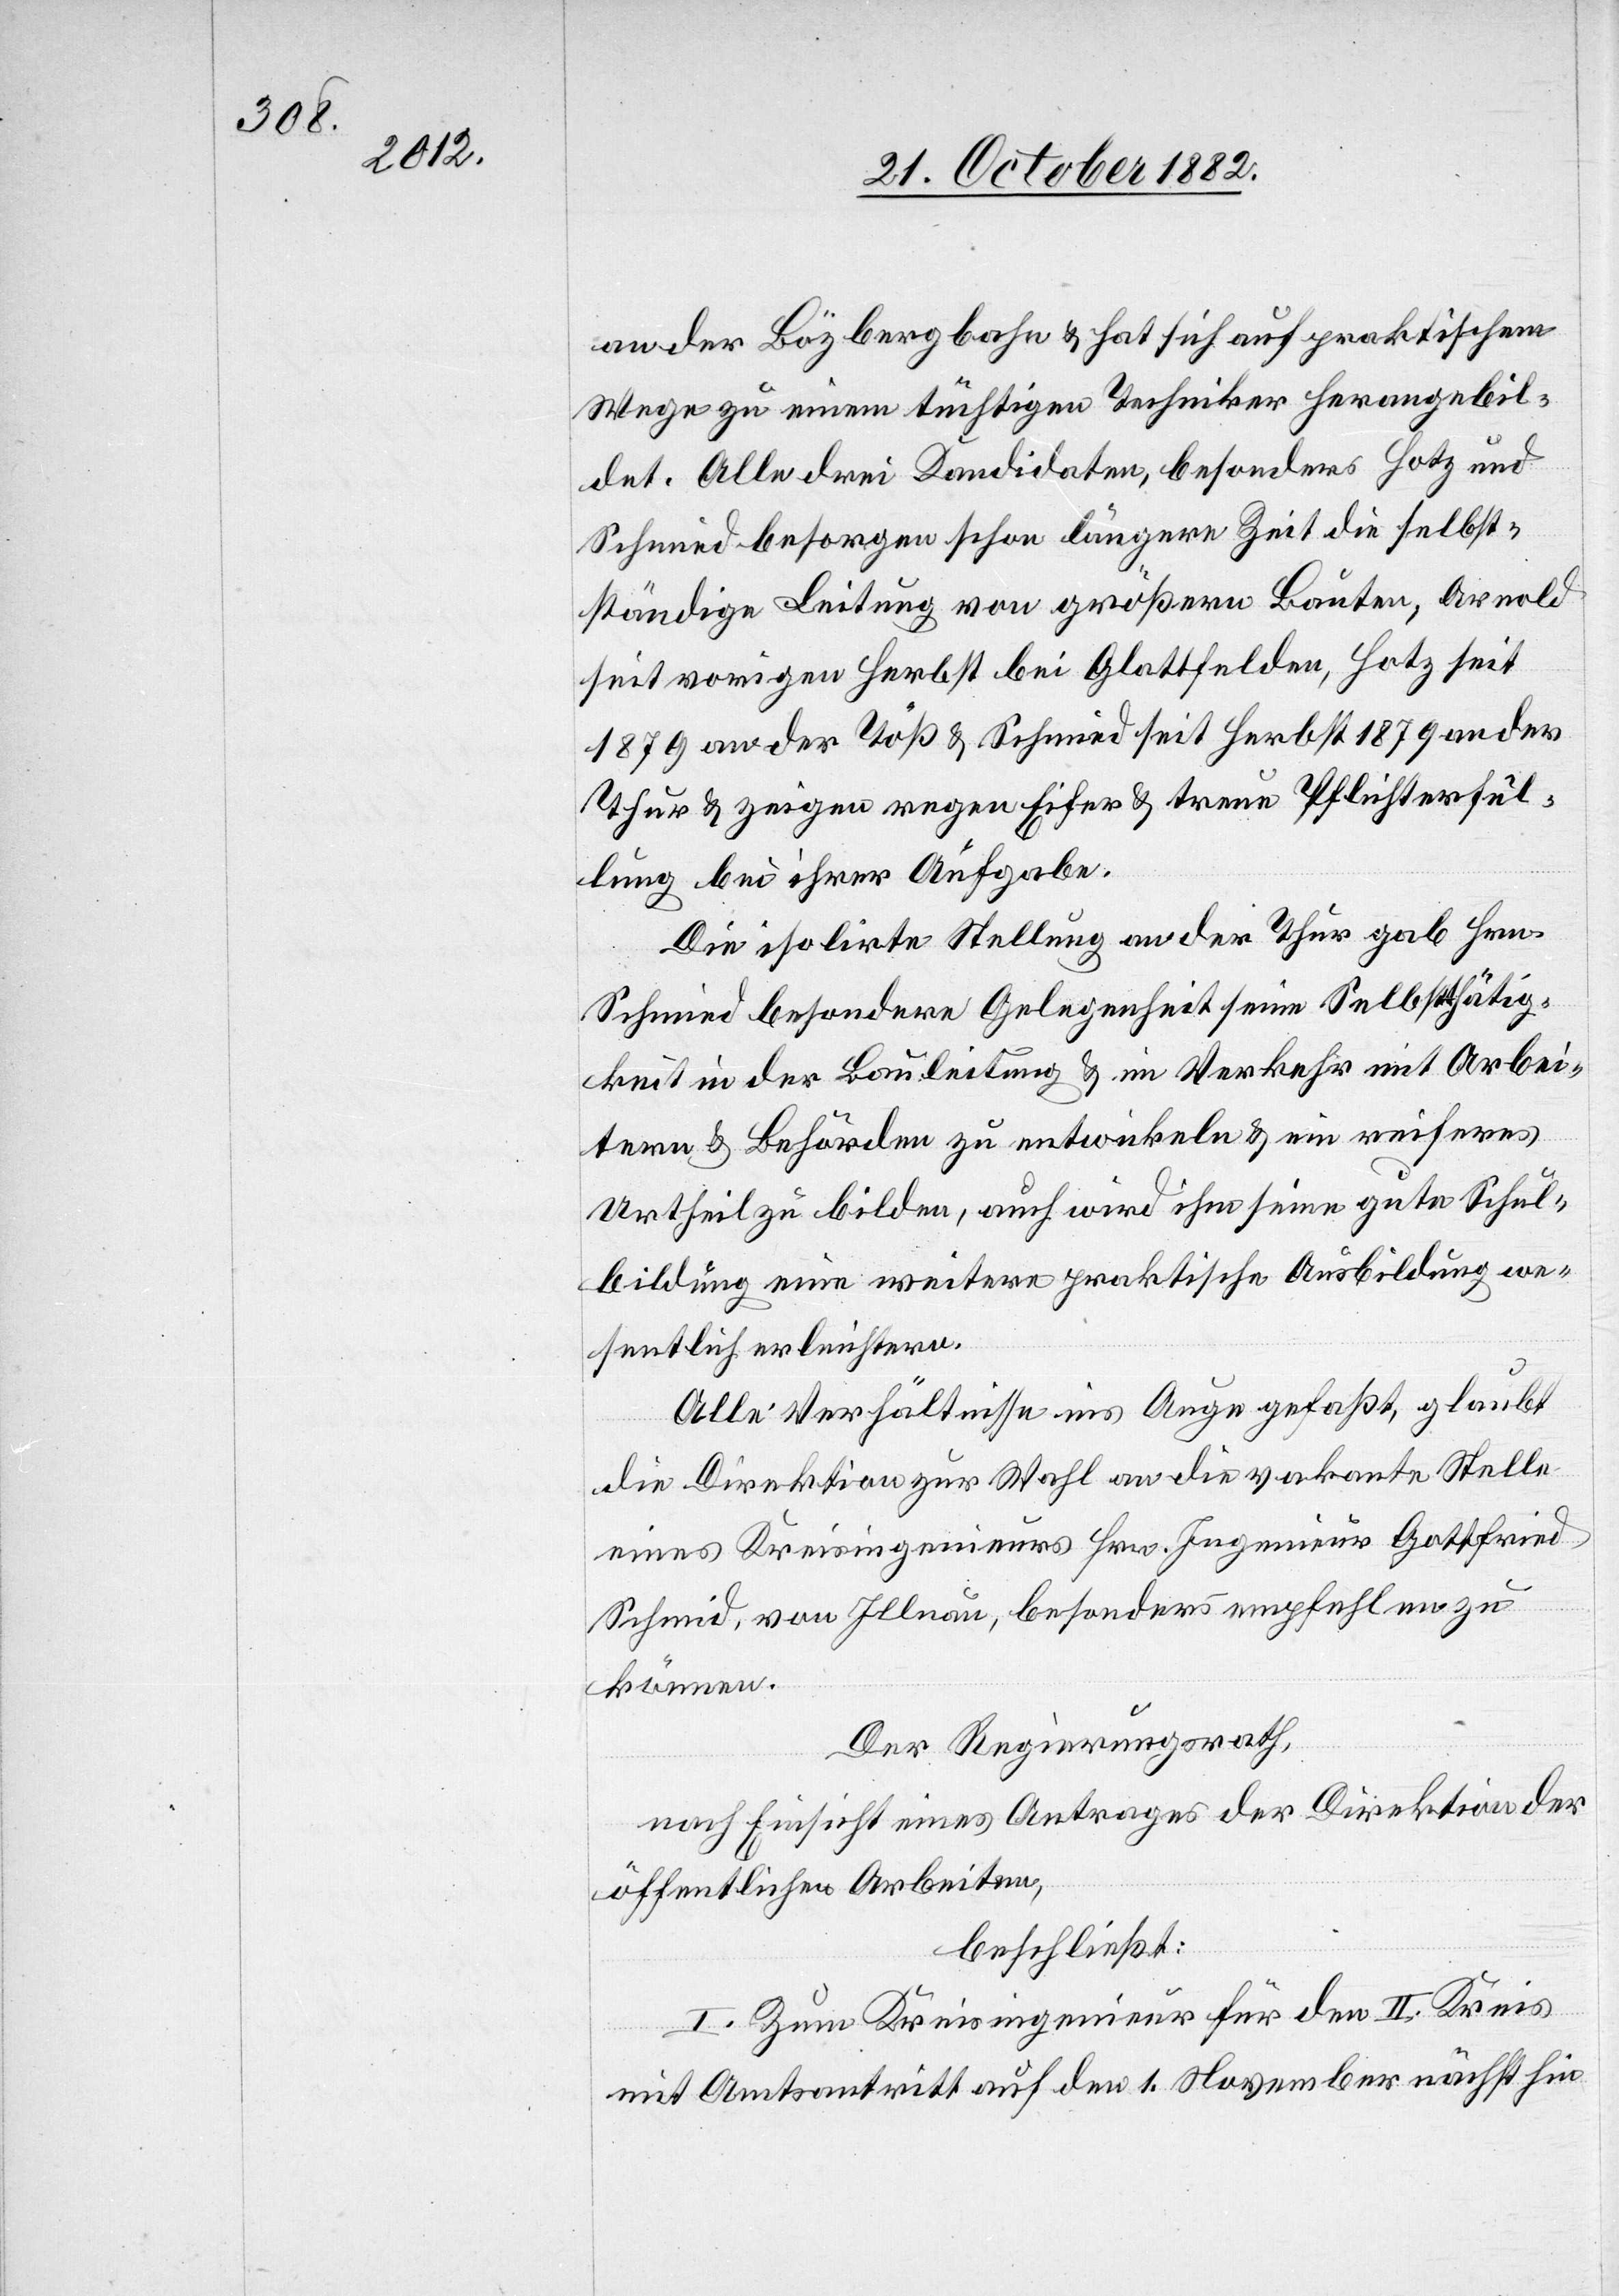
an der Bözbergbahn & hat sich auf praktischem
Wege zu einem tüchtigen Techniker herangebil¬
det. Alle drei Kandidaten, besonders Hotz und
Schmied besorgen schon längere Zeit die selbst¬
ständige Leitung von größern Bauten, Arnold
seit vorigem Herbst bei Glattfelden, Hotz seit
1879 an der Töß & Schmied seit Herbst 1879 an der
Thur & zeigen regen Eifer & treue Pflichterfül¬
lung bei ihrer Aufgabe.
Die isolirte Stellung an der Thur gab Hrn.
Schmied besondere Gelegenheit seine Selbstthätig¬
keit in der Bauleitung & im Verkehr mit Arbei¬
tern & Behörden zu entwickeln & ein reiferes
Urtheil zu bilden, auch wird ihm seine gute Schul¬
bildung eine weitere praktische Ausbildung we¬
sentlich erleichtern.
Alle Verhältnisse ins Auge gefaßt, glaubt
die Direktion zur Wahl an die vakante Stelle
eines Kreisingenieurs Hrn. Ingenieur Gottfried
[sic!], von Illnau, besonders empfehlen zu
können.
Der Regierungsrath,
nach Einsicht eines Antrages der Direktion der
öffentlichen Arbeiten,
beschließt:
I. Zum Kreisingenieur für den II. Kreis
mit Amtsantritt auf den 1. November nächsthin